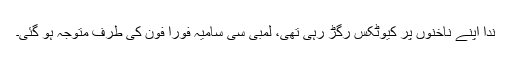
ندا اپنے ناخنوں پر کیوٹکس رگڑ رہی تھی، لمبی سی سامیہ فوراً فون کی طرف متوجہ ہو گئی۔